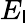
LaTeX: E_{\mathsf{l}}